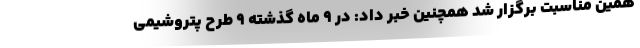
همین مناسبت برگزار شد همچنین خبر داد: در ۹ ماه گذشته ۹ طرح پتروشیمی